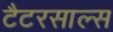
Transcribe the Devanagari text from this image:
टैटरसाल्स